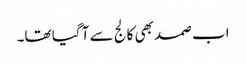
اب صمد بھی کالج سے آ گیا تھا۔